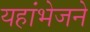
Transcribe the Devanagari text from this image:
यहांभेजने